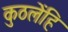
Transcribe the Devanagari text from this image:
कुठलेंहि